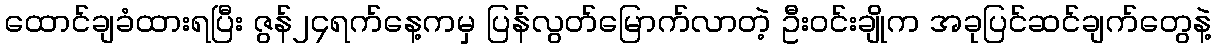
ထောင်ချခံထားရပြီး ဇွန်၂၄ရက်နေ့ကမှ ပြန်လွတ်မြောက်လာတဲ့ ဦးဝင်းချိုက အခုပြင်ဆင်ချက်တွေနဲ့